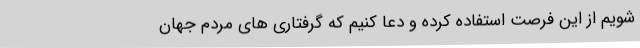
شویم از این فرصت استفاده کرده و دعا کنیم که گرفتاری های مردم جهان